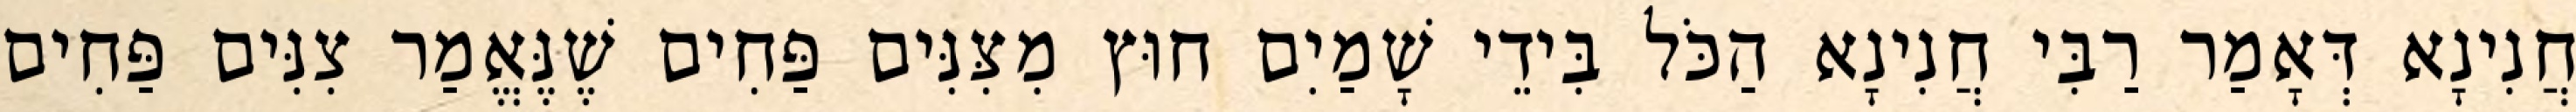
חֲנִינָא דְּאָמַר רַבִּי חֲנִינָא הַכֹּל בִּידֵי שָׁמַיִם חוּץ מִצִּנִּים פַּחִים שֶׁנֶּאֱמַר צִנִּים פַּחִים